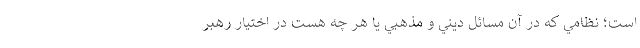
است؛ نظامي كه در آن مسائل ديني و مذهبي يا هر چه هست در اختيار رهبر